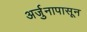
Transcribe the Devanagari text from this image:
अर्जुनापासून